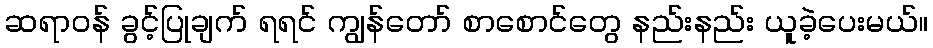
ဆရာဝန် ခွင့်ပြုချက် ရရင် ကျွန်တော် စာစောင်တွေ နည်းနည်း ယူခဲ့ပေးမယ်။